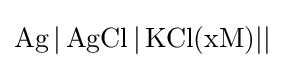
{\ce {Ag | AgCl | KCl(xM)||}}